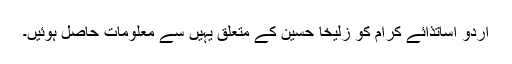
اُردو اساتذائے کرام کو زُلیخا حُسین کے متعلق یہیں سے معلومات حاصل ہوئیں۔